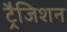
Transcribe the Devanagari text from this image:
ट्रैजिशन